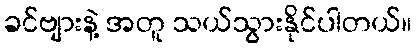
ခင်ဗျားနဲ့ အတူ သယ်သွားနိုင်ပါတယ်။